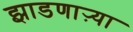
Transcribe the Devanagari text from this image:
झाडणाऱ्या